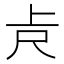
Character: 𠧛